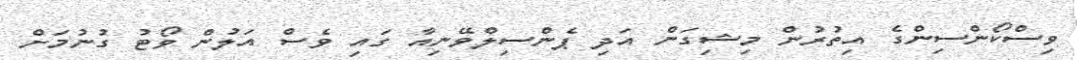
ވިސްކޯންސިންގެ އިތުރުން މިޝިގަން އަދި ޕެންސިލްވޭނިއާ ގައި ވެސް އަލުން ވޯޓު ގުނުމަށް